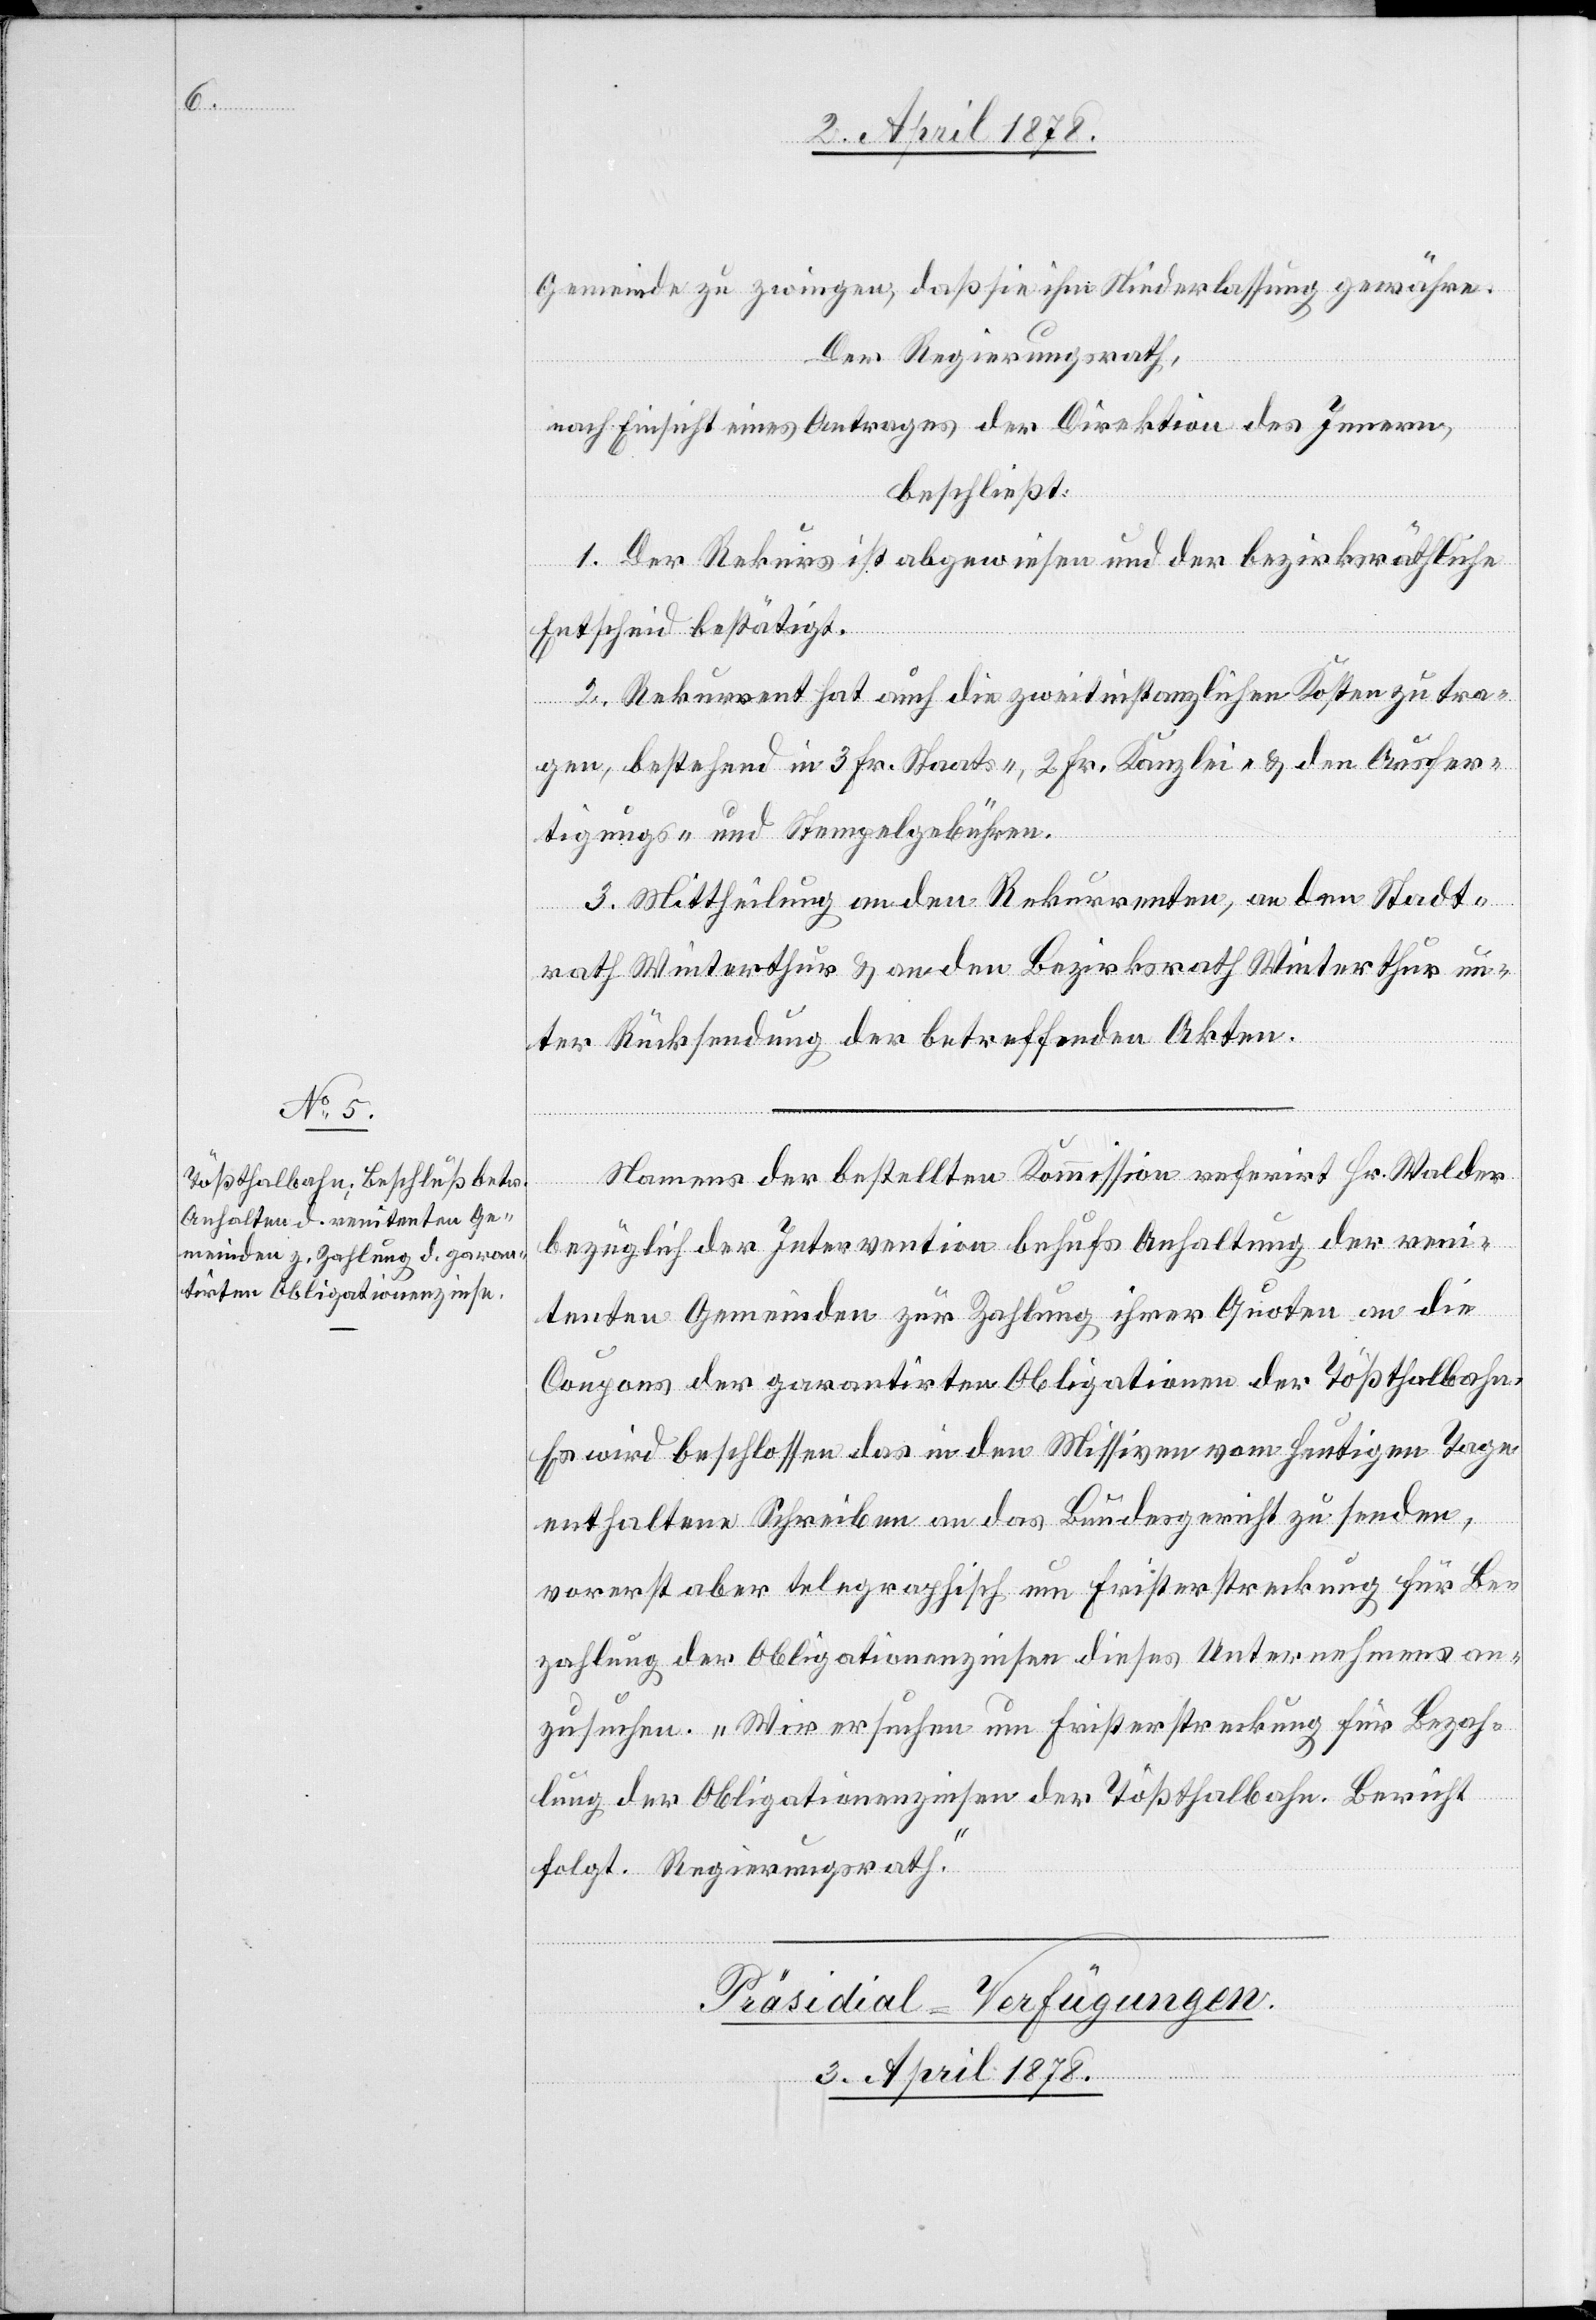
Gemeinde zu zwingen, daß sie ihm Niederlassung gewähre.
Der Regierungsrath,
nach Einsicht eines Antrages der Direktion des Innern,
beschließt:
1. Der Rekurs ist abgewiesen und der bezirksräthliche
Entscheid bestätigt.
2. Rekurrent hat auch die zweitinstanzlichen Kosten zu tra¬
gen, bestehend in 3 Fr. Staats-, 2 Fr. Kanzlei- & den Ausfer¬
tigungs- und Stempelgebühren.
3. Mittheilung an den Rekurrenten, an den Stadt¬
rath Winterthur & an den Bezirksrath Winterthur un¬
ter Rücksendung der betreffenden Akten.
Namens der bestellten Kommission referirt Hr. Walder
bezüglich der Intervention behufs Anhaltung der reni¬
tenten Gemeinden zur Zahlung ihrer Quoten an die
Coupons der garantirten Obligationen der Tößthalbahn.
Es wird beschlossen das in den Missiven vom heutigen Tage
enthaltene Schreiben an das Bundesgericht zu senden,
vorerst aber telegraphisch um Fristerstreckung für Be¬
zahlung der Obligationenzinsen dieses Unternehmens an¬
zusuchen. „Wir ersuchen um Fristerstreckung für Bezah¬
lung der Obligationenzinsen der Tößthalbahn. Bericht
folgt. Regierungsrath.“
erfügungen.
Präsidial-V¬
3. April 1878.